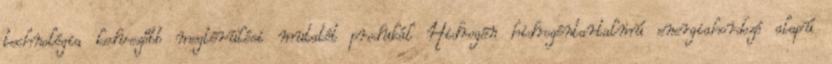
technológia kedvezőbb megtérülési mutatót produkál Hidrogén hidrogéntartalmú energiahordozó alapú